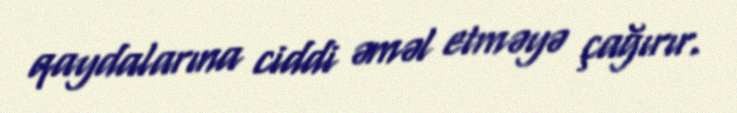
qaydalarına ciddi əməl etməyə çağırır.